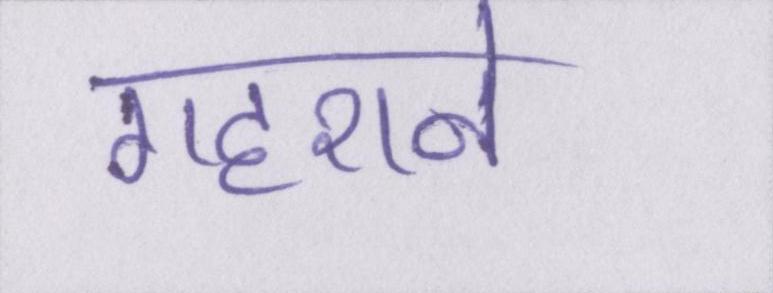
गहराने